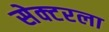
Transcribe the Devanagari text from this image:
सेक्‍टरला